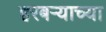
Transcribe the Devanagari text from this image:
हरबऱ्याच्या